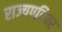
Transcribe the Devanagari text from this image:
राज्यपरिवर